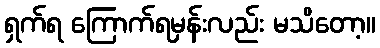
ရှက်ရ ကြောက်ရမှန်းလည်း မသိတော့။